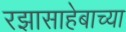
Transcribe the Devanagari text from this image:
रझासाहेबाच्या